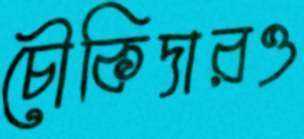
চৌকিদারও